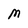
Character: M